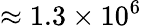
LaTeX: \approx 1.3\times 10^{6}